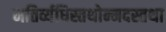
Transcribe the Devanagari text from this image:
मतिर्व्यधिस्तथोन्मदस्तथा